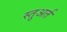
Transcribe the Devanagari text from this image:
स्तुअर्त